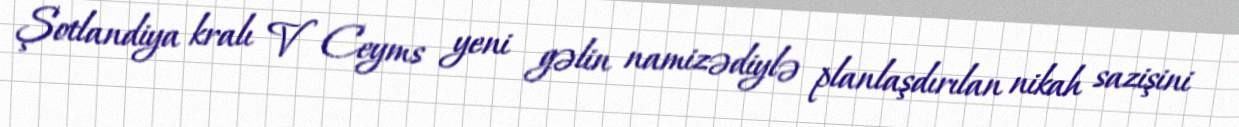
Şotlandiya kralı V Ceyms yeni gəlin namizədiylə planlaşdırılan nikah sazişini